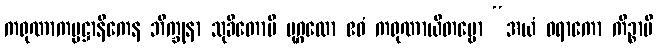
ကရုဏာကမ္မဋ္ဌာနိကေန ဘိက္ခုနာ သုခိတောပိ ပုဂ္ဂလော ဧဝံ ကရုဏာယိတဗ္ဗော “အယံ ဝရာကော ကိဉ္စာပိ